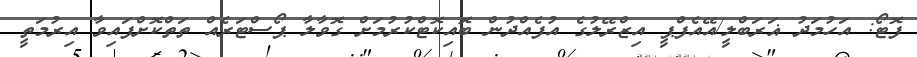
ފޮޓޯ: އަހުމަދު ޣަރަބްލީ/އޭއެފްޕީ އިޒްރޭލުގެ އުފެއްދުން ބޮއިކޮޓްކުރުމަށް ގޮވާލާ ޕޯސްޓަރެއް ތަތްކޮށްފައިވާ އިރުމަތީ